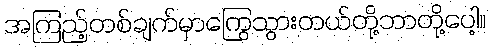
အကြည့်တစ်ချက်မှာကြွေသွားတယ်တို့ဘာတို့ပေါ့။